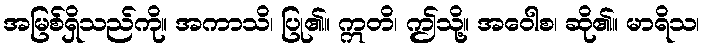
အမြစ်ရှိသည်ကို။ အကာသိ၊ ပြု၏။ ဣတိ၊ ဤသို့။ အဝေါစ၊ ဆို၏။ မာရိသ၊